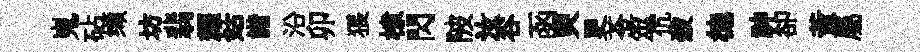
嵬砧缬坊翡耀姑諧沿卯猥棣閃陂汝谷函臾更苓筮伉殺徳神卻黃屬